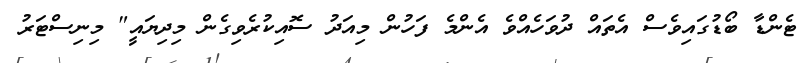
ޓެންޑާ ބޯޑުގައިވެސް އެތައް ދުވަހެއްވެ އެންމެ ފަހުން މިއަދު ސޮއިކުރެވިގެން މިދިޔައީ" މިނިސްޓަރު